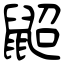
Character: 鼦